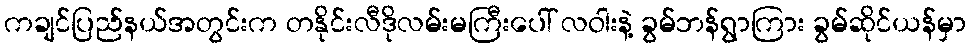
ကချင်ပြည်နယ်အတွင်းက တနိုင်းလီဒိုလမ်းမကြီးပေါ် လဝါးနဲ့ ခွမ်ဘန်ရွာကြား ခွမ်ဆိုင်ယန်မှာ